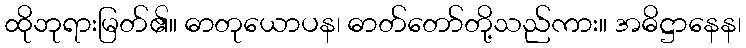
ထိုဘုရားမြတ်၏။ ဓာတုယောပန၊ ဓာတ်တော်တို့သည်ကား။ အဓိဋ္ဌာနေန၊